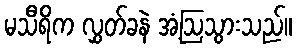
မသီရိက လွှတ်ခနဲ အံ့ဩသွားသည်။